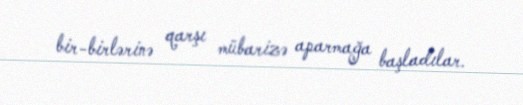
bir-birlərinə qarşı mübarizə aparmağa başladılar.